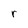
Character: r